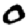
Digit: 0